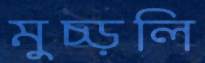
মুচ্‌ড়লি